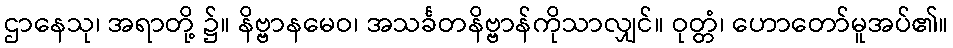
ဌာနေသု၊ အရာတို့ ၌။ နိဗ္ဗာနမေဝ၊ အသင်္ခတနိဗ္ဗာန်ကိုသာလျှင်။ ဝုတ္တံ၊ ဟောတော်မူအပ်၏။